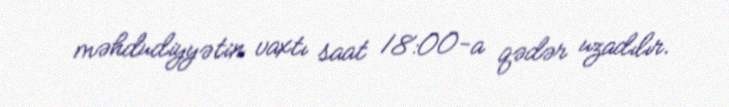
məhdudiyyətin vaxtı saat 18:00-a qədər uzadılır.